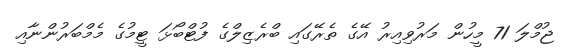
ޖުމްލަ 71 މީހުން މަރުވިއިރު އޭގެ ތެރޭގައި ބްރެޒިލްގެ ފުޓްބޯޅަ ޓީމުގެ މެމްބަރުންނާއި